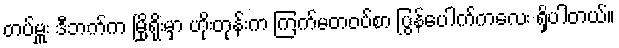
တပ်မှူး ဒီဘက်က မြို့ရိုးမှာ ဟိုးတုန်းက ကြက်မတဝပ်စာ ပြွန်ပေါက်ကလေး ရှိပါတယ်။